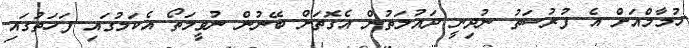
ހުމާމްއަށް އެ ފުރުސަތު ނުދިނީ ދައުލަތުން އެގޮތަށް ބޭނުން ނުވީމަތޯ އެކަމުގައި ފަހަތުގައި